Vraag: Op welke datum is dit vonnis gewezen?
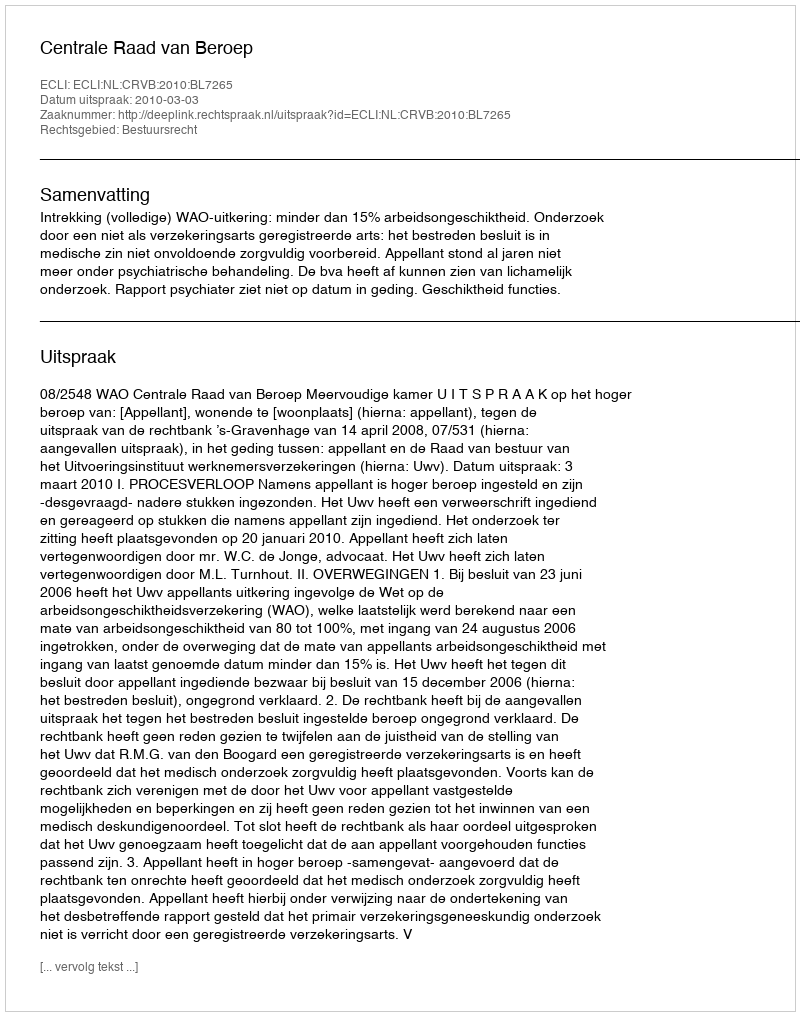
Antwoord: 2010-03-03